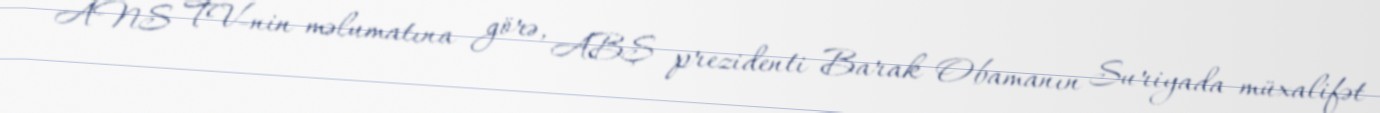
ANS TV-nin məlumatına görə, ABŞ prezidenti Barak Obamanın Suriyada müxalifət